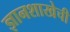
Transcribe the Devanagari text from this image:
ज्ञानशाखेची